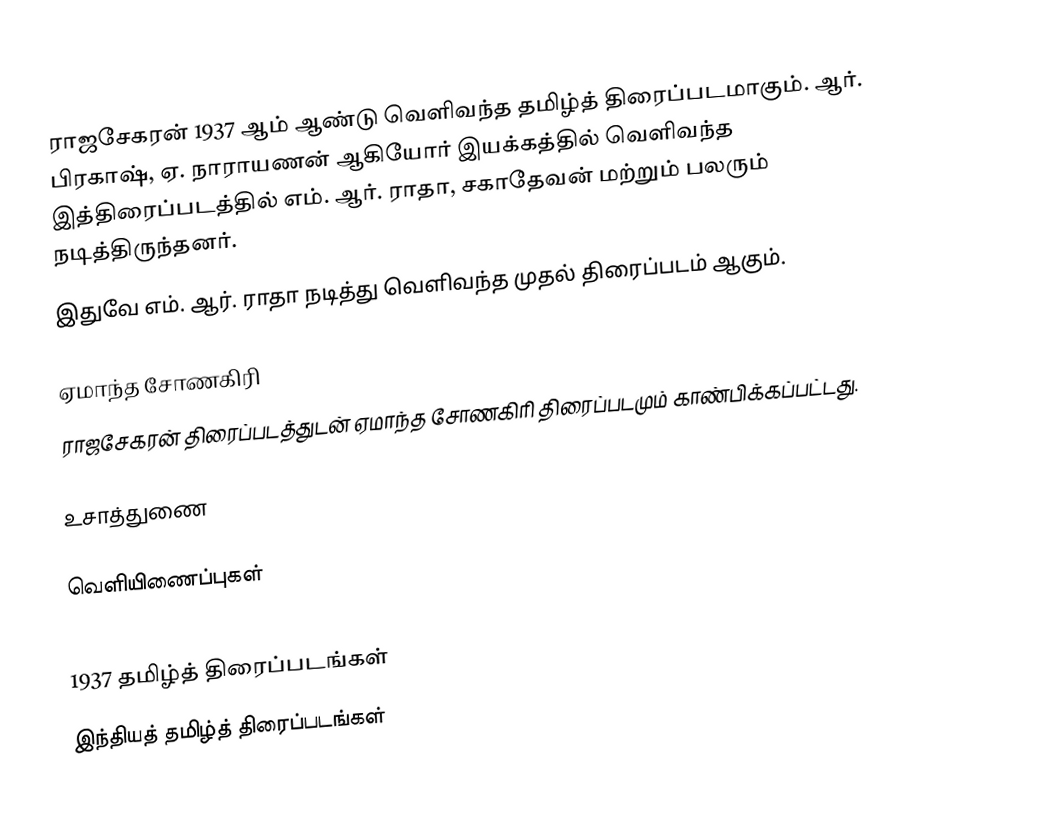
ராஜசேகரன் 1937 ஆம் ஆண்டு வெளிவந்த தமிழ்த் திரைப்படமாகும். ஆர். பிரகாஷ், ஏ. நாராயணன் ஆகியோர் இயக்கத்தில் வெளிவந்த இத்திரைப்படத்தில் எம். ஆர். ராதா, சகாதேவன் மற்றும் பலரும் நடித்திருந்தனர்.
இதுவே எம். ஆர். ராதா நடித்து வெளிவந்த முதல் திரைப்படம் ஆகும்.

ஏமாந்த சோணகிரி
ராஜசேகரன் திரைப்படத்துடன் ஏமாந்த சோணகிரி திரைப்படமும் காண்பிக்கப்பட்டது.

உசாத்துணை

வெளியிணைப்புகள்

1937 தமிழ்த் திரைப்படங்கள்
இந்தியத் தமிழ்த் திரைப்படங்கள்